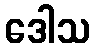
ဒေါသ